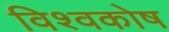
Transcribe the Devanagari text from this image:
विश्‍वकोष